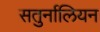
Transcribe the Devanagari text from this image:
सतुर्नालियन